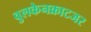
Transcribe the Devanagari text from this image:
वुलकेनक्राटजर